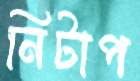
নিটাপ